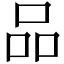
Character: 品